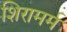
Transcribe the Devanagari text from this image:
शिरामर्म